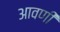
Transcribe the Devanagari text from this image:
आवणी